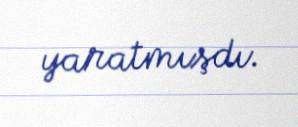
yaratmışdı.